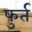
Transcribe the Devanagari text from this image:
फुर्त